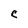
Character: C